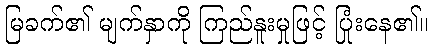
မြခက်၏ မျက်နှာကို ကြည်နူးမှုဖြင့် ပြုံးနေ၏။